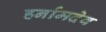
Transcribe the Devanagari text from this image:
हर्नामदेव